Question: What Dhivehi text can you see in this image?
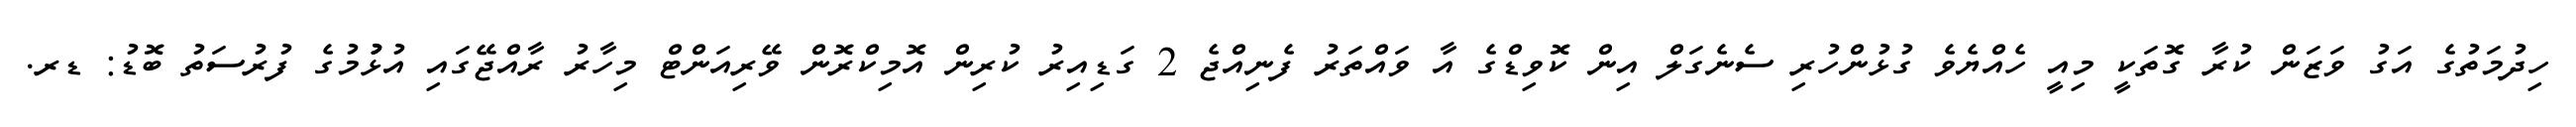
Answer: ހިދުމަތުގެ އަގު ވަޒަން ކުރާ ގޮތަކީ މިއީ ހެއްޔެވެ ގުޅުންހުރި ސެނެގަލް އިން ކޮވިޑްގެ އާ ވައްތަރު ފެނިއްޖެ 2 ގަޑިއިރު ކުރިން އޮމިކްރޮން ވޭރިއަންޓް މިހާރު ރާއްޖޭގައި އުޅުުމުގެ ފުރުސަތު ބޮޑު: ޑރ.